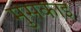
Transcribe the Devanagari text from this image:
मुसकाइ